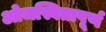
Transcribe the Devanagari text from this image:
ओजस्वितापूर्ण